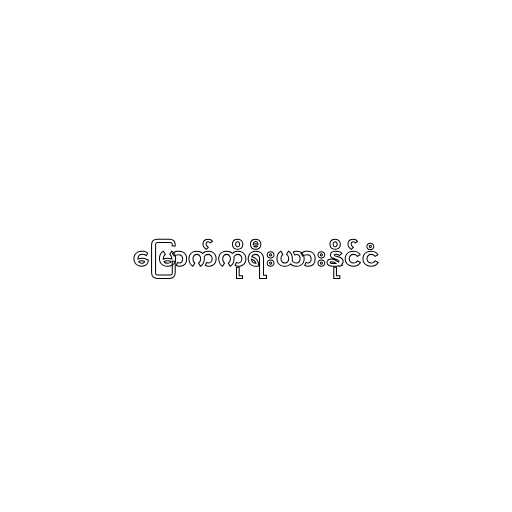
မြောက်ကိုရီးယားနိုင်ငံ